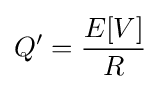
Q'={\frac {E[V]}{R}}